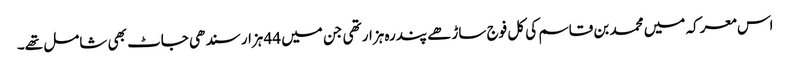
اس معرکہ میں محمد بن قاسم کی کل فوج ساڑھے پندرہ ہزار تھی جن میں 44 ہزار سندھی جاٹ بھی شامل تھے۔